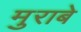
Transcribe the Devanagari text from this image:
मुराबे